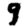
Digit: 9